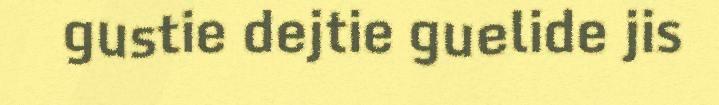
gustie dejtie guelide jis